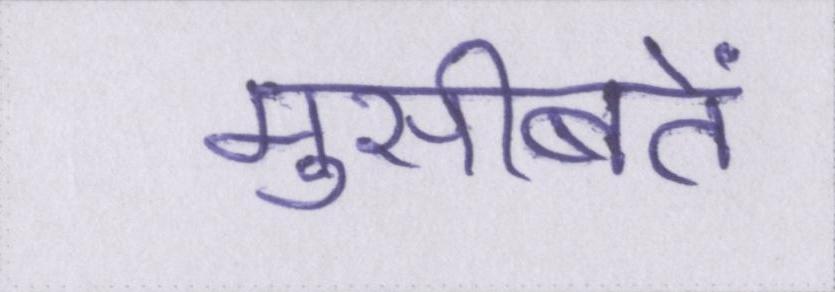
मुसीबतें